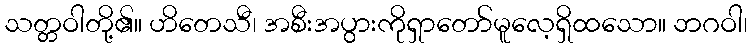
သတ္တဝါတို့၏။ ဟိတေသီ၊ အစီးအပွားကိုရှာတော်မူလေ့ရှိထသော။ ဘဂဝါ၊